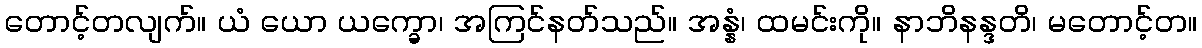
တောင့်တလျက်။ ယံ ယော ယက္ခော၊ အကြင်နတ်သည်။ အန္နံ၊ ထမင်းကို။ နာဘိနန္ဒတိ၊ မတောင့်တ။